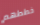
خططهم